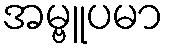
အမ္ဗူပမာ